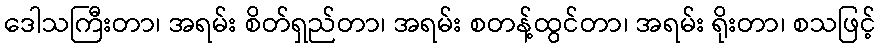
ဒေါသကြီးတာ၊ အရမ်း စိတ်ရှည်တာ၊ အရမ်း စတန့်ထွင်တာ၊ အရမ်း ရိုးတာ၊ စသဖြင့်